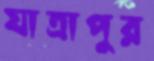
যাত্রাপুর